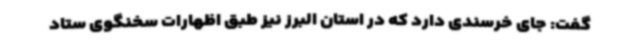
گفت: جای خرسندی دارد که در استان البرز نیز طبق اظهارات سخنگوی ستاد